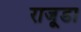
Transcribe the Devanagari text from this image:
राजूडा